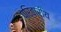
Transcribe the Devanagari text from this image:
परिवारीय